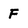
Character: F